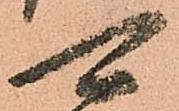
可